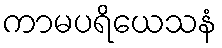
ကာမပရိယေသနံ